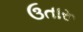
ઉતારૂ